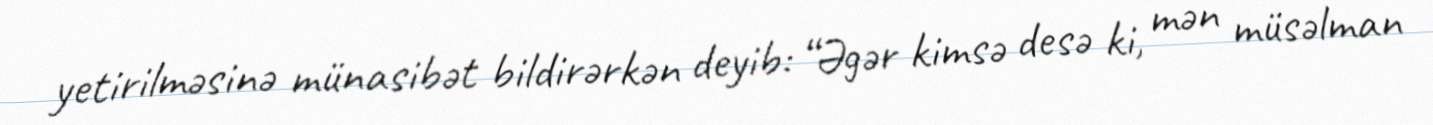
yetirilməsinə münasibət bildirərkən deyib: “Əgər kimsə desə ki, mən müsəlman